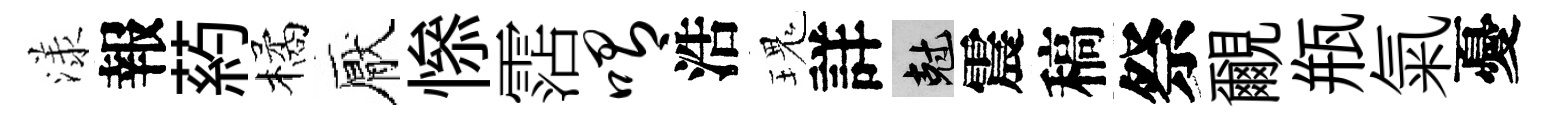
漾報葯橘厭𢡖霑喟浩瑰詳剋震稿祭覼瓶氣憂